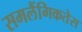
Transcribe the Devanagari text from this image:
समलैंगिकतेस